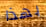
بهذا